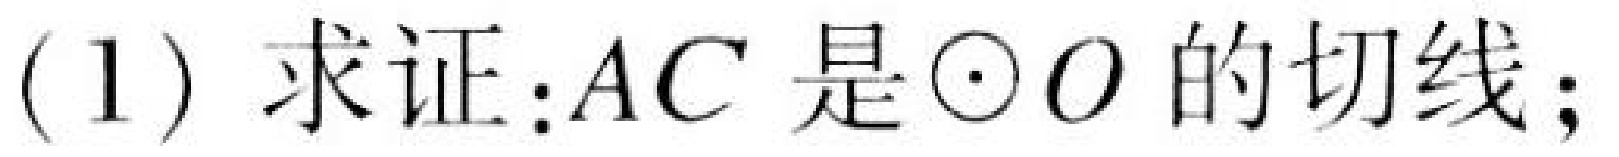
(1) 求证：\(AC\) 是\(\odot O\) 的切线；